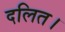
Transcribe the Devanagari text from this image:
दलित।